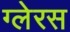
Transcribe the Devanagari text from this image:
ग्लेरस